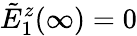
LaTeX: \tilde{E}_{1}^{z}(\infty)=0